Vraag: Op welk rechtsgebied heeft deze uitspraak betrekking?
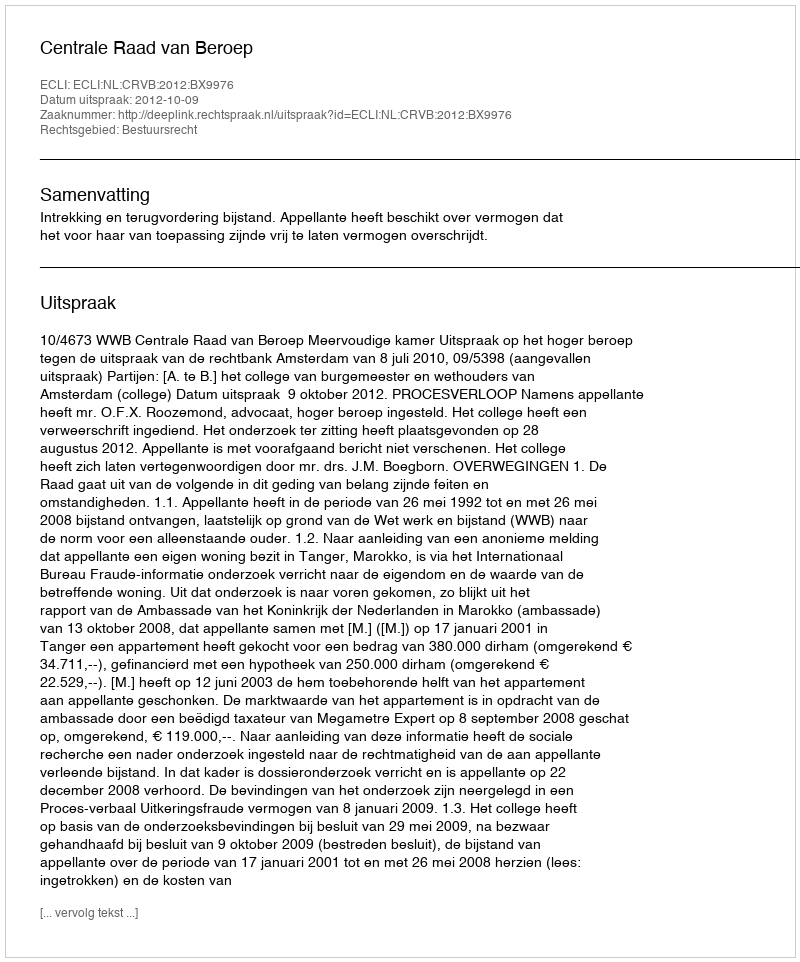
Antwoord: Bestuursrecht